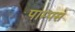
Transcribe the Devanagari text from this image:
पाम्पस